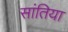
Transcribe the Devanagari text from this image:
सांतिया